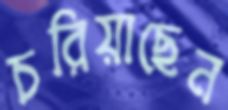
চরিয়াছেন